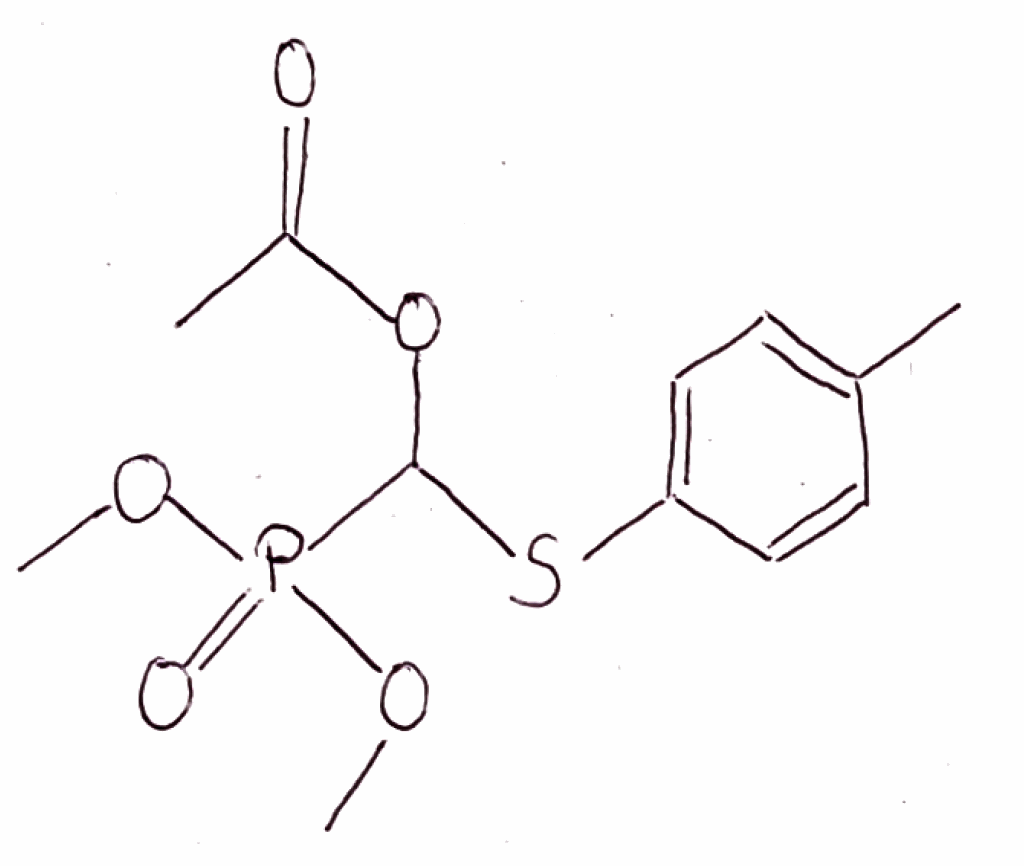
Simplified molecular-input line-entry system (SMILES) notation of the given molecule:
CC1=CC=C(C=C1)SC(OC(=O)C)P(=O)(OC)OC